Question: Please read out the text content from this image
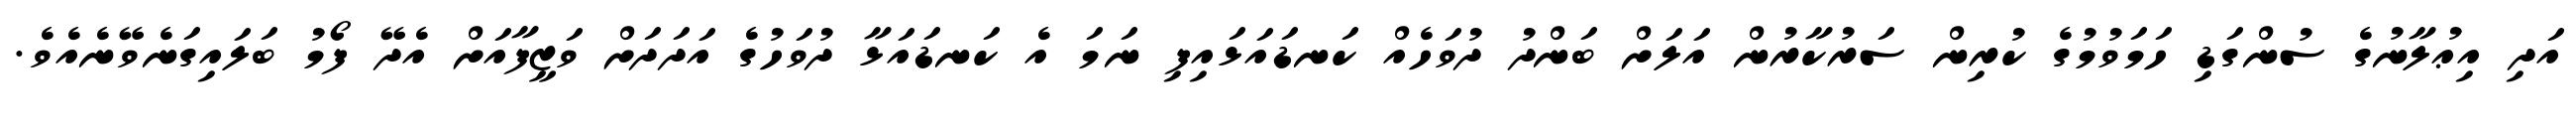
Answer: އަދި އިޢުލާނުގެ ސުންގަޑި ހަމަވުމުގެ ކުރިން ސަރުކާރުން އަލަށް ބަންދު ދުވަހެއް ކަނޑައަޅައިފި ނަމަ އެ ކަނޑައަޅާ ދުވަހުގެ އަދަދަށް ވަޒީފާއަށް އެދޭ ފޯމު ބަލައިގަނެވޭނެއެވެ.